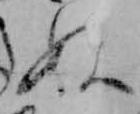
ぬ